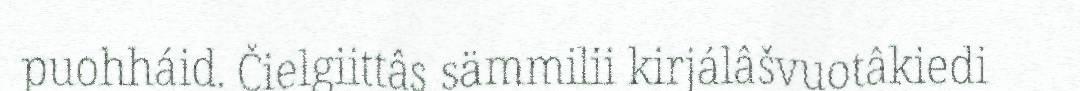
puohháid. Čielgiittâs sämmilii kirjálâšvuotâkiedi